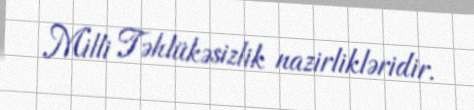
Milli Təhlükəsizlik nazirlikləridir.